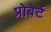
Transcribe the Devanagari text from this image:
प्रोबेर्ट